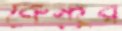
কেন্দ্রর